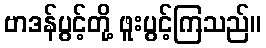
ဗာဒန်ပွင့်တို့ ဖူးပွင့်ကြသည်။